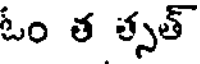
ఓం త త్సత్